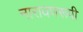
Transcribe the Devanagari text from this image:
नारायणरूपी